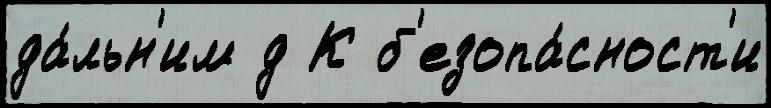
да́льн'им д К б'езопа́сност'и